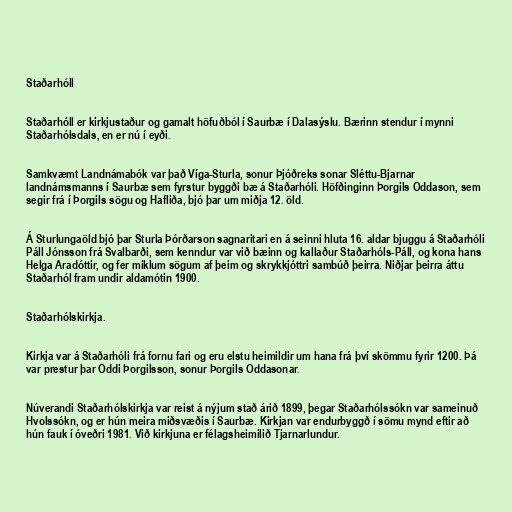
Staðarhóll

Staðarhóll er kirkjustaður og gamalt höfuðból í Saurbæ í Dalasýslu. Bærinn stendur í mynni
Staðarhólsdals, en er nú í eyði.

Samkvæmt Landnámabók var það Víga-Sturla, sonur Þjóðreks sonar Sléttu-Bjarnar
landnámsmanns í Saurbæ sem fyrstur byggði bæ á Staðarhóli. Höfðinginn Þorgils Oddason, sem
segir frá í Þorgils sögu og Hafliða, bjó þar um miðja 12. öld.

Á Sturlungaöld bjó þar Sturla Þórðarson sagnaritari en á seinni hluta 16. aldar bjuggu á Staðarhóli
Páll Jónsson frá Svalbarði, sem kenndur var við bæinn og kallaður Staðarhóls-Páll, og kona hans
Helga Aradóttir, og fer miklum sögum af þeim og skrykkjóttri sambúð þeirra. Niðjar þeirra áttu
Staðarhól fram undir aldamótin 1900.

Staðarhólskirkja.

Kirkja var á Staðarhóli frá fornu fari og eru elstu heimildir um hana frá því skömmu fyrir 1200. Þá
var prestur þar Oddi Þorgilsson, sonur Þorgils Oddasonar.

Núverandi Staðarhólskirkja var reist á nýjum stað árið 1899, þegar Staðarhólssókn var sameinuð
Hvolssókn, og er hún meira miðsvæðis í Saurbæ. Kirkjan var endurbyggð í sömu mynd eftir að
hún fauk í óveðri 1981. Við kirkjuna er félagsheimilið Tjarnarlundur.